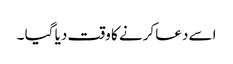
اسے دعا کرنے کا وقت دیا گیا ۔